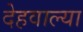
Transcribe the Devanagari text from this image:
देहवाल्या